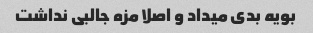
بویه بدی میداد و اصلا مزه جالبی نداشت